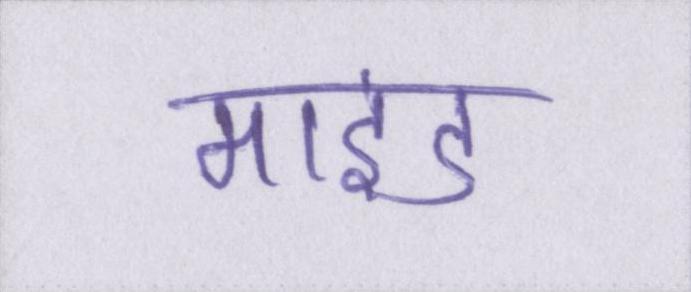
माइंड